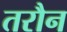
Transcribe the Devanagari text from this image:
तरौन